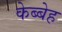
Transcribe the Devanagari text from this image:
केब्बेह